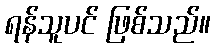
ရန်သူပင် ဖြစ်သည်။